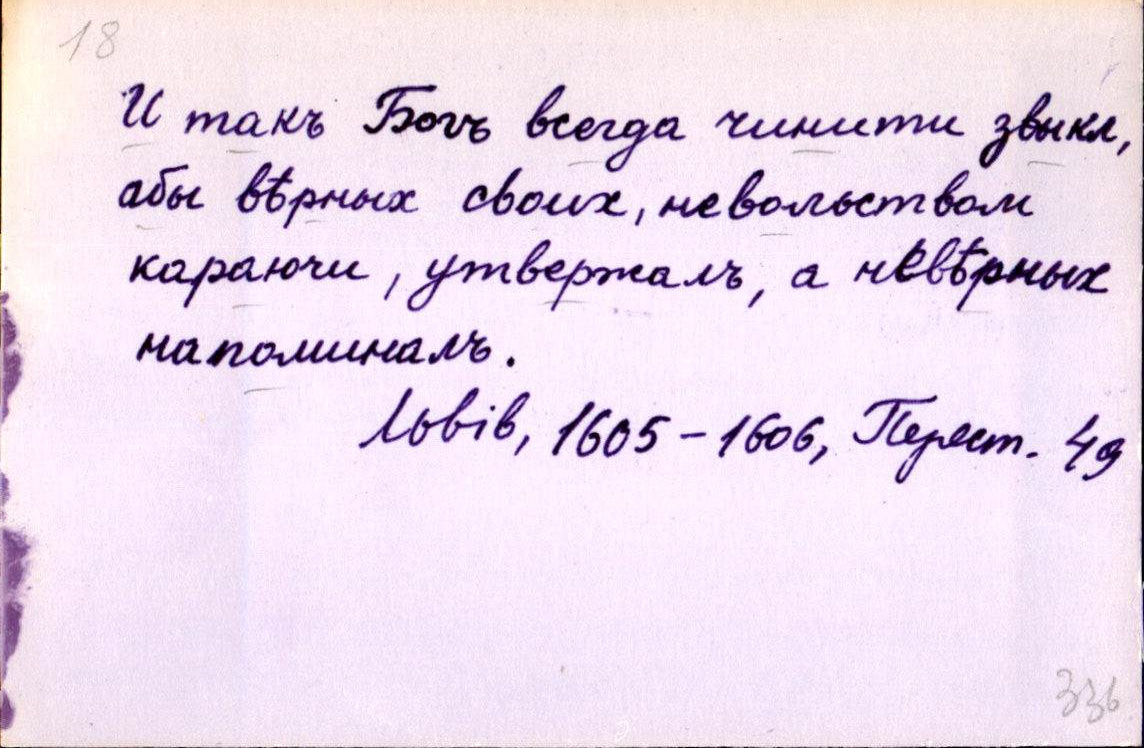
И такъ Богъ всегда чинити звыкл,
абы вѣрных своих, невольством
караючи, утвержалъ, а невѣрных
напоминалъ.
Львів, 1605-1606, Перест. 49